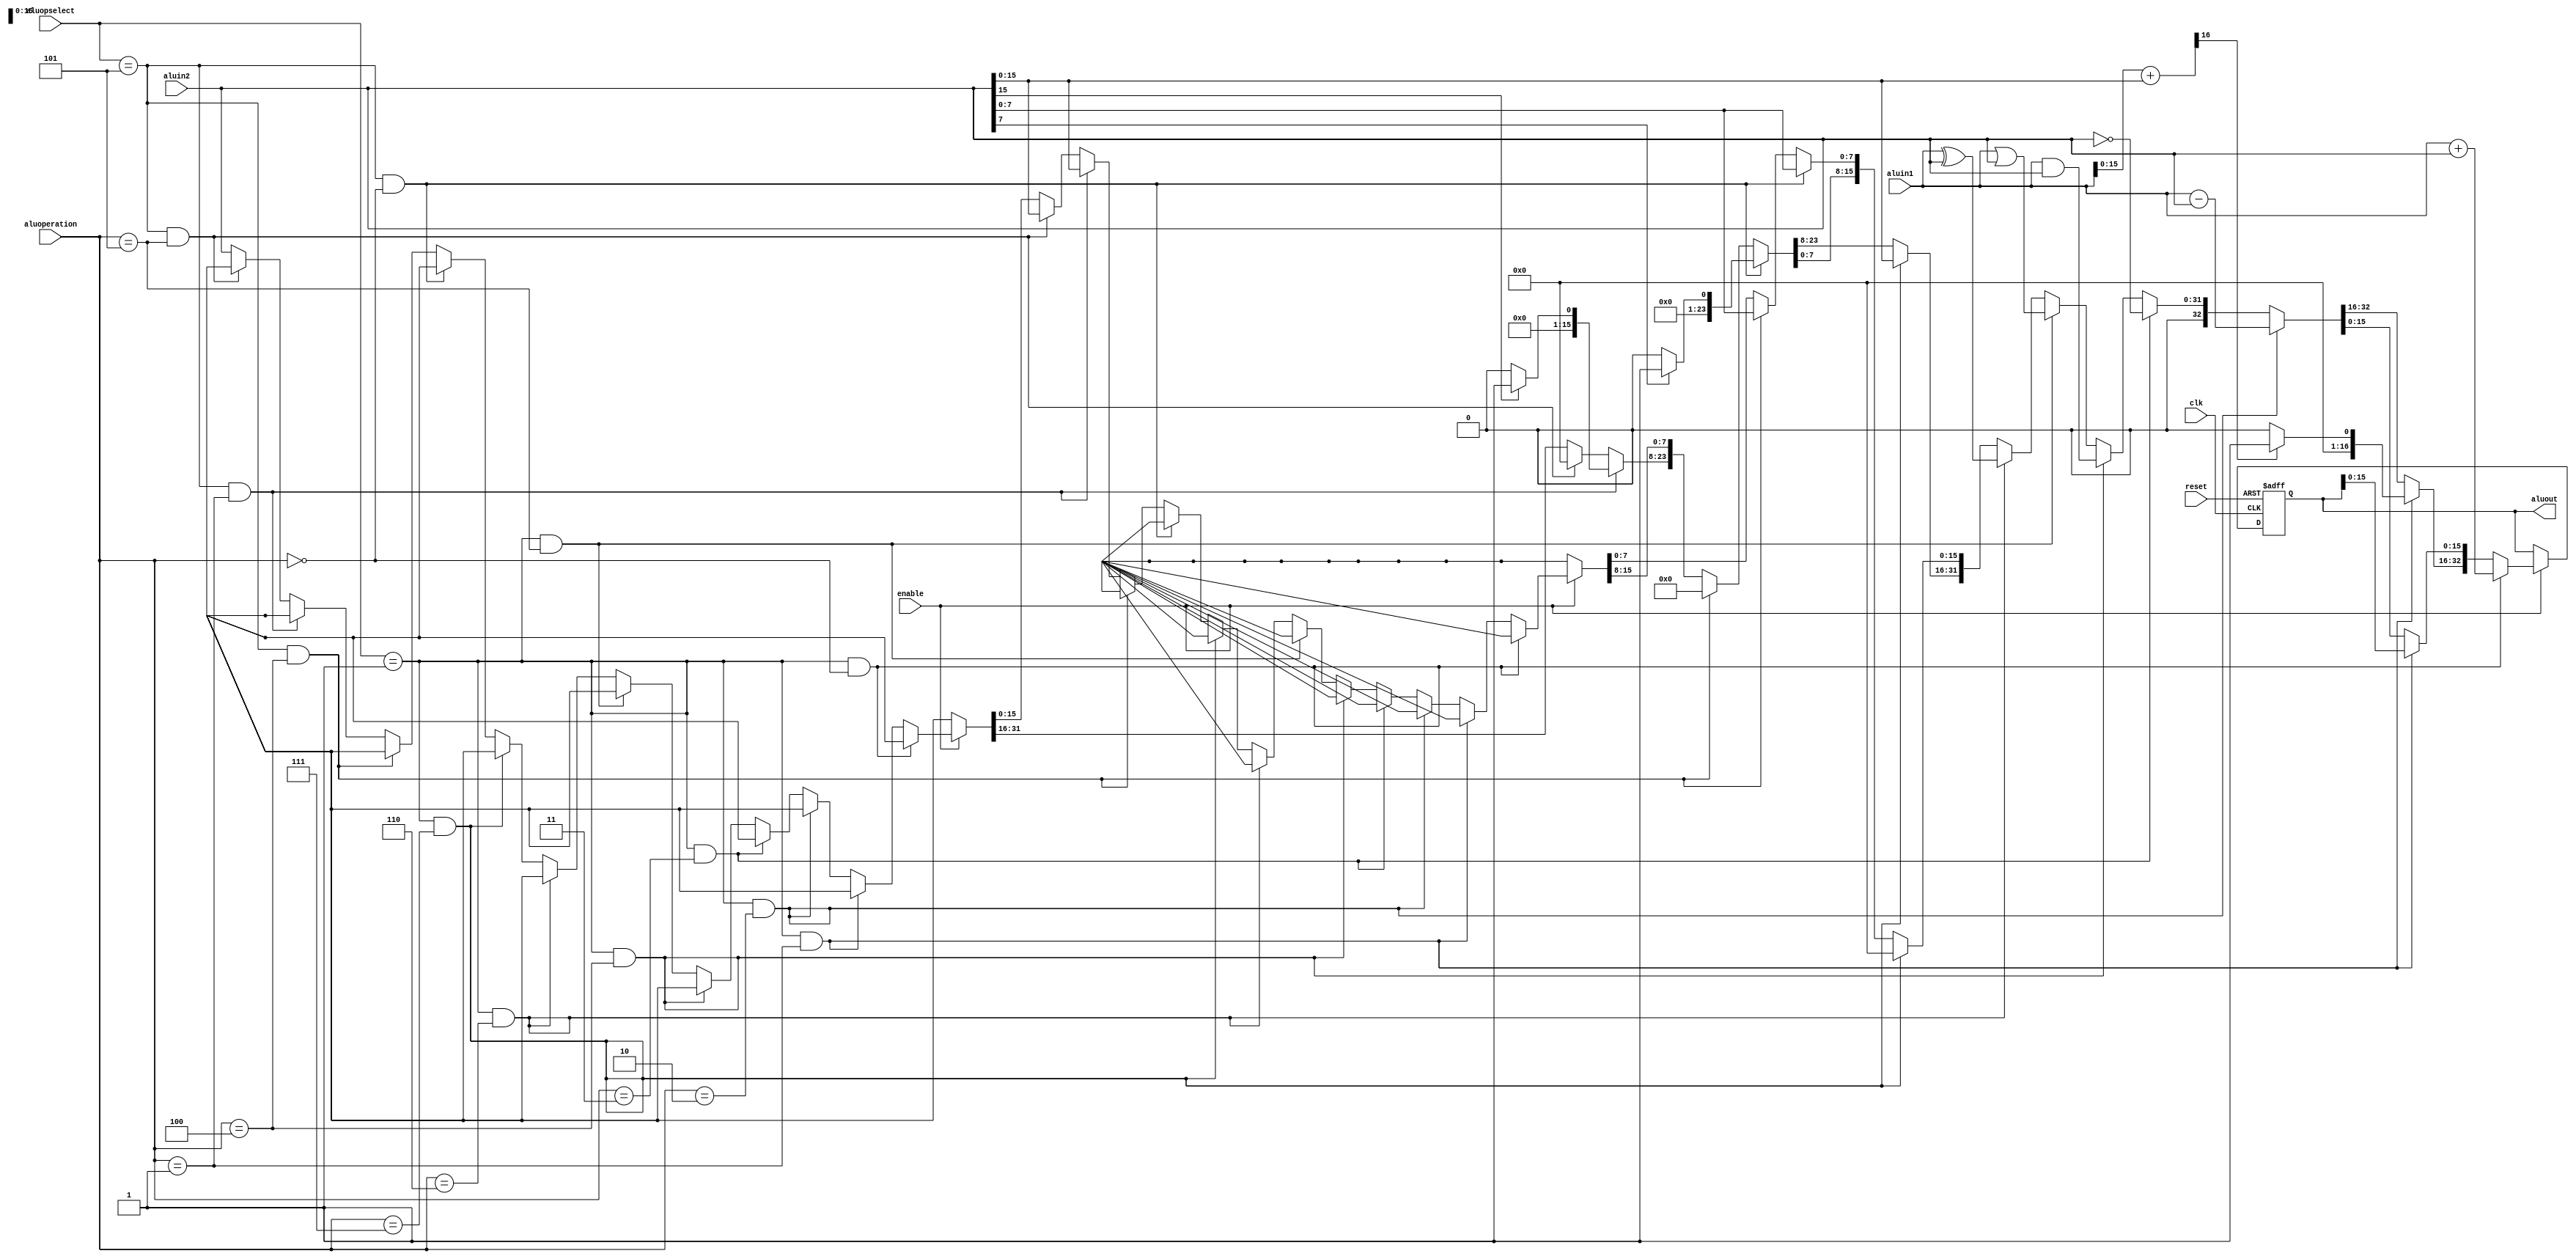
`timescale 1ns / 1ps
//////////////////////////////////////////////////////////////////////////////////
// Company: 
// Engineer: 
// 
// Design Name: 
// Module Name: Arith_alu
// Project Name: 
// Target Devices: 
// Tool Versions: 
// Description: 
// 
// Dependencies: 
// 
// Revision:
// Revision 0.01 - File Created
// Additional Comments:
// 
//////////////////////////////////////////////////////////////////////////////////


module Arith_alu(clk,reset,aluin1,aluin2,aluoperation,aluopselect,enable,aluout);
  input clk,reset,enable;
  input [31:0] aluin1,aluin2;
  input [2:0] aluoperation,aluopselect;
  output reg [32:0]aluout;
  reg h_carry;
  reg [15:0]h_add;
  
  always@(posedge clk,posedge reset)
    begin
      if(!reset)
      begin
      if(enable)
      begin
          if(aluopselect == 3'b001 && aluoperation == 3'b000)
            aluout = aluin1 + aluin2;
          else if(aluopselect == 3'b001 && aluoperation == 3'b001)
            begin
              {h_carry,h_add[15:0]} = aluin1[15:0] + aluin2[15:0];
              if(h_carry==0)
                aluout[32:16]=16'b0;
              else
                aluout[32:16]=16'b1;
            end
          else if(aluopselect == 3'b001 && aluoperation == 3'b010)
            begin
            aluout = aluin1 - aluin2;
            end
          else if(aluopselect == 3'b001 && aluoperation == 3'b011)
            begin
            aluout=~aluin2;
            aluout[32]=0;
            end
          else if(aluopselect == 3'b001 && aluoperation == 3'b100)
            aluout = aluin1 & aluin2;
          else if(aluopselect == 3'b001 && aluoperation == 3'b101)
            aluout = aluin1 | aluin2;
          else if(aluopselect == 3'b001 && aluoperation == 3'b110)
            aluout = aluin1 ^ aluin2;
          else if(aluopselect == 3'b001 && aluoperation == 3'b111)
            begin
            aluout[31:16] = aluin2[15:0];
          	aluout[15:0] = 16'h0;
              aluout[32]=0;
            end
          else if(aluopselect == 3'b101 && aluoperation ==3'b000)
            begin
            aluout[7:0]=aluin2[7:0];
            if(aluin2[7]==0)
              aluout[31:8]=24'b0;
            else
              aluout[31:8]=24'b1;
              aluout[32] = 0;
            end
          else if(aluopselect == 3'b101 && aluoperation ==3'b100)
            begin
            aluout[7:0]=aluin2[7:0];
              aluout[31:8]=24'b0;
              aluout[32] = 0;
            end
          else if(aluopselect == 3'b101 && aluoperation ==3'b001)
            begin
            aluout[15:0]=aluin2[15:0];
            if(aluin2[15]==0)
                aluout[31:16]=16'b0;
            else
                aluout[31:16]=16'b1;
              aluout[32] = 0;
            end
          else if(aluopselect == 3'b101 && aluoperation ==3'b101)
            begin
            aluout[15:0]=aluin2[15:0];
              aluout[31:16]=16'b0;
              aluout[32] = 0;
            end
          else if(aluopselect == 3'b101 && aluoperation ==3'b011)
            begin
            aluout=aluin2;
             aluout[32] = 0;
            end
          else
            begin
            aluout=aluin2;
            aluout[32] = 0;
            end
        end
        end
      else
        aluout=0;
      	
    end
endmodule